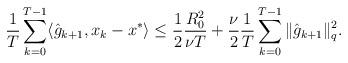
LaTeX: \begin{align*} \frac1T \sum \limits_{k=0}^{T-1} \langle \hat{g}_{k+1}, x_k -x^* \rangle \leq \frac12 \frac{R_{0}^{2} }{\nu T} + \frac{\nu}{2} \frac{1}{T} \sum \limits_{k=0}^{T-1} \|\hat{g}_{k+1}\|^{2}_q. \end{align*}